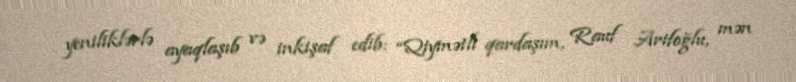
yeniliklərlə ayaqlaşıb və inkişaf edib: “Qiymətli qardaşım, Rauf Arifoğlu, mən